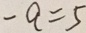
- a = 5